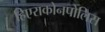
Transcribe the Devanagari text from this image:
हिएराकोनपोलिस